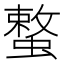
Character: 𮔳